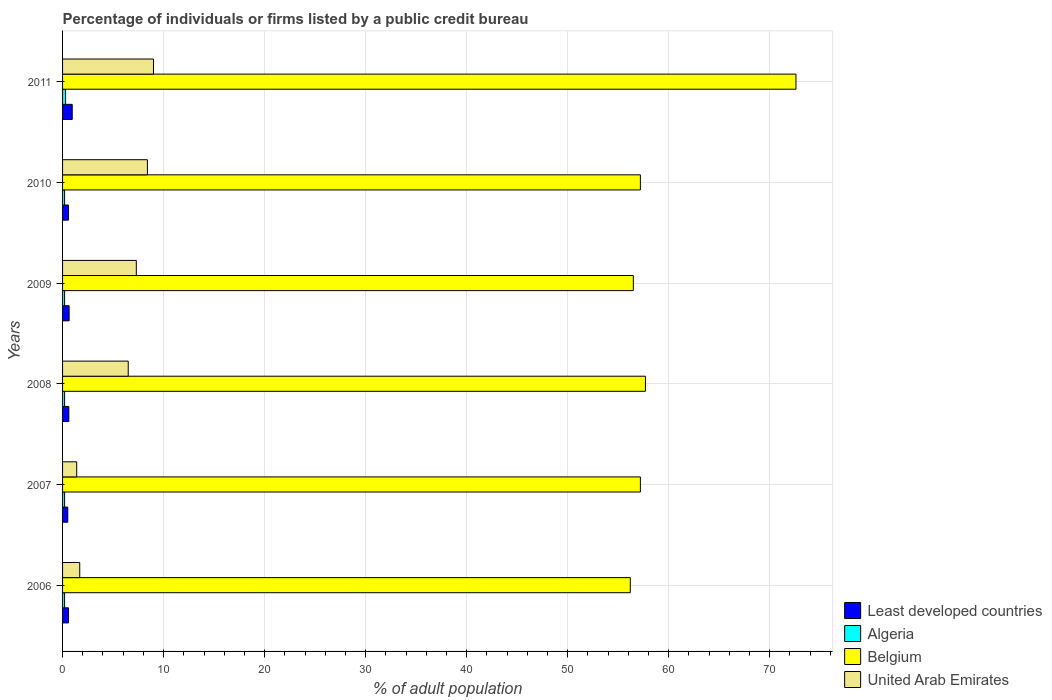
| Years | Least developed countries | Algeria | Belgium | United Arab Emirates |
 | --- | --- | --- | --- | --- |
 | 2006 | 0.591 | 0.2 | 56.2 | 1.7 |
 | 2007 | 0.514 | 0.2 | 57.2 | 1.4 |
 | 2008 | 0.621 | 0.2 | 57.7 | 6.5 |
 | 2009 | 0.649 | 0.2 | 56.5 | 7.3 |
 | 2010 | 0.591 | 0.2 | 57.2 | 8.4 |
 | 2011 | 0.956 | 0.3 | 72.6 | 9 |